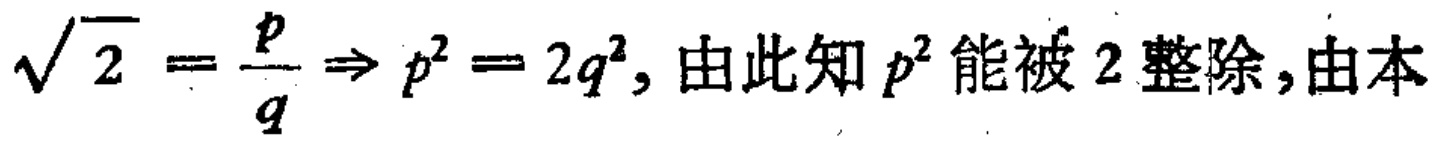
$\sqrt{2}=\frac{p}{q}\Rightarrow p^{2}=2q^{2},由此知p^{2}能被2整除,由本$